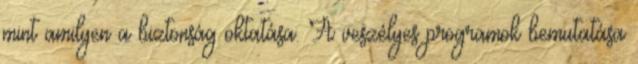
mint amilyen a biztonság oktatása. A veszélyes programok bemutatása